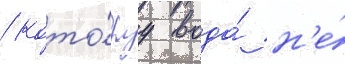
/ кото́руу вода́ н'е́